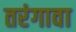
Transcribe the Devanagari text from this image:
तरंगावा